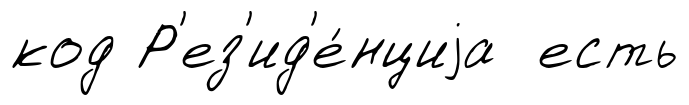
код Р'ез'ид'е́нциjа есть